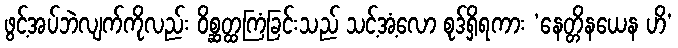
ဖွင့်အပ်ဘဲလျက်ကိုလည်း ဝိစ္ဆတ္ထကြံခြင်းသည် သင့်အံ့လော စုဒ်ရှိရကား ‘နေတ္တိနယေန ဟိ’